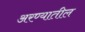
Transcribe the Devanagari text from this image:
अरण्यातील